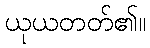
ယုယတတ်၏။